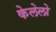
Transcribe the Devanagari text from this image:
केलेलो